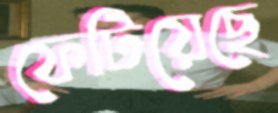
ফেটিয়েছে